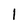
Character: 1